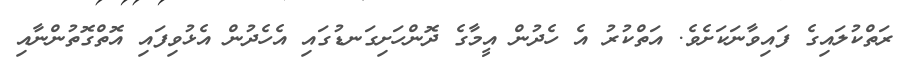
ރަތްކުލައިގެ ފައިވާނަކަށެވެ. އަތްކުރު އެ ހެދުން އީމާގެ ދޮންހަށިގަނޑުގައި އެހެދުން އެޅުވިފައި އޮތްގޮތުންނާއި